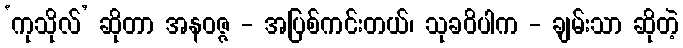
‘ကုသိုလ်’ ဆိုတာ အနဝဇ္ဇ - အပြစ်ကင်းတယ်၊ သုခဝိပါက - ချမ်းသာ ဆိုတဲ့